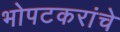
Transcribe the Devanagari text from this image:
भोपटकरांचे